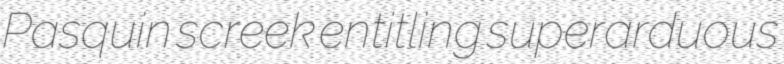
Pasquin screek entitling superarduous